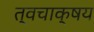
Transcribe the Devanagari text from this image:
त्वचाक्षय